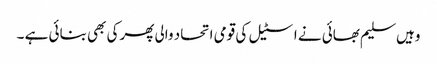
وہیں سلیم بھائی نے اسٹیل کی قومی اتحاد والی پھرکی بھی بنائی ہے ۔